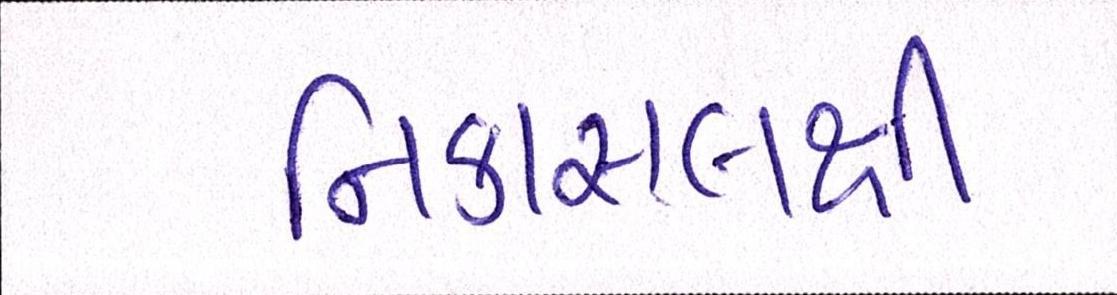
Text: નિકાસલક્ષી